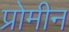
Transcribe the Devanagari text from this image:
प्रोमीन